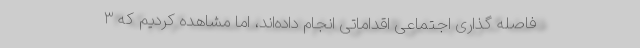
فاصله گذاری اجتماعی اقداماتی انجام داده‌اند، اما مشاهده کردیم که ۳